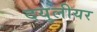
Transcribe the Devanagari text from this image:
दयुलीयर